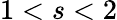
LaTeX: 1<s<2